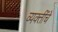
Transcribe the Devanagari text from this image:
व्‍यक्‍तींचे